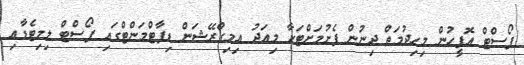
ޕޯސްޓް އޮފީހުން މިހިދުމަތް ދިނުން ފެށުމަށްޓަކާ މިއަދު އިމިގްރޭޝަން ޑިޕާޓްމަންޓްގައި ޕޯސްޓް ލިމިޓެޑާއި